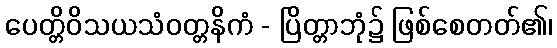
ပေတ္တိဝိသယသံဝတ္တနိကံ - ပြိတ္တာဘုံ၌ ဖြစ်စေတတ်၏၊